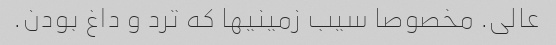
عالی. مخصوصا سیب زمینیها که ترد و داغ بودن.